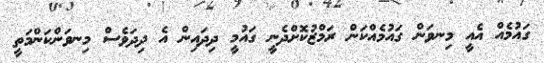
ގައުމެއް އެއީ މިނވަން ގައުމެއްކަން ރަމްޒުކޮށްދެނީ ގައުމީ ދިދައިން އެ ދިދަވެސް މިނވަންކަންމަތީ